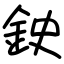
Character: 鉂